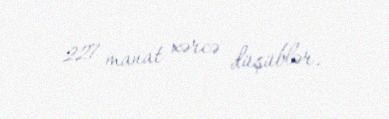
227 manat xərcə düşüblər.